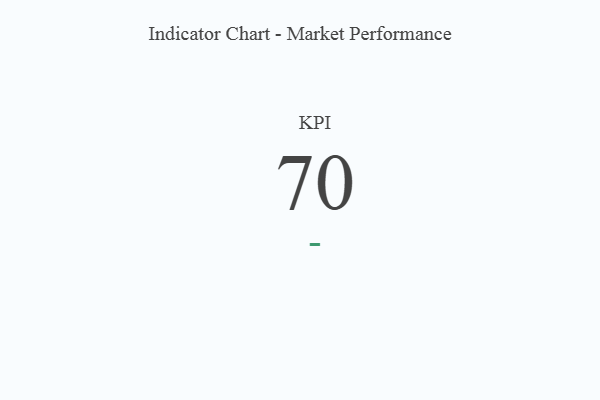
{"axis": {"x": "KPI", "y": "Value"}, "legend": [""], "data": [{"x": "KPI", "y": 70, "type": ""}]}